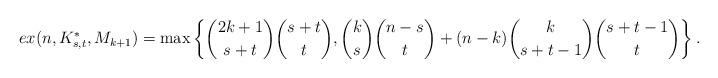
LaTeX: \begin{align*}ex(n,K_{s,t}^*,M_{k+1})=\max\left\{\binom{2k+1}{s+t}\binom{s+t}{t}, \binom{k}{s}\binom{n-s}{t}+(n-k)\binom{k}{s+t-1}\binom{s+t-1}{t}\right\}.\end{align*}